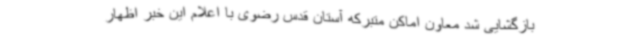
بازگشایی شد معاون اماکن متبرکه آستان قدس رضوی با اعلام این خبر اظهار